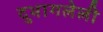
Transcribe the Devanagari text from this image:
दुभागलेली